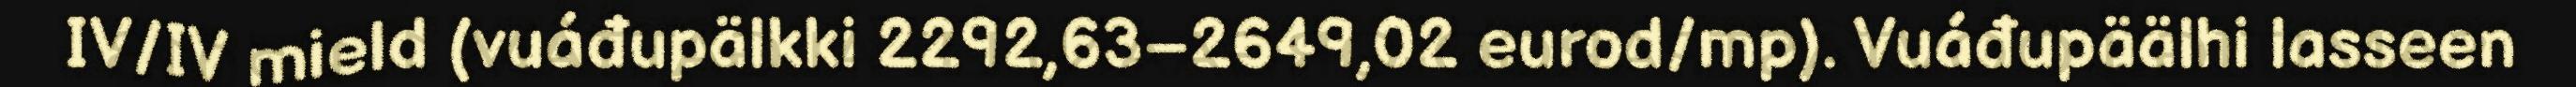
IV/IV mield (vuáđupälkki 2292,63–2649,02 eurod/mp). Vuáđupäälhi lasseen